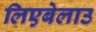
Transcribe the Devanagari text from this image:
लिएबेलाउ